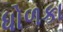
ધોળકા